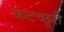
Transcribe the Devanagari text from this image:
कटच्छुरी